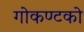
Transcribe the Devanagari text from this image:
गोकण्टको